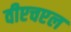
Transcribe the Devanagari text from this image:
वीएचएल